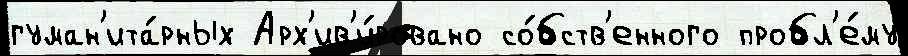
гуман'ита́рных Арх'ив'и́ровано со́бств'енного пробл'е́му